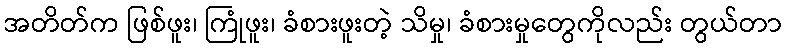
အတိတ်က ဖြစ်ဖူး၊ ကြုံဖူး၊ ခံစားဖူးတဲ့ သိမှု၊ ခံစားမှုတွေကိုလည်း တွယ်တာ